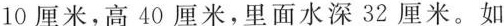
10厘米，高40厘米，里面水深32厘米。如